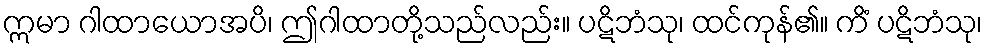
ဣမာ ဂါထာယောအပိ၊ ဤဂါထာတို့သည်လည်း။ ပဋိဘံသု၊ ထင်ကုန်၏။ ကိံ ပဋိဘံသု၊